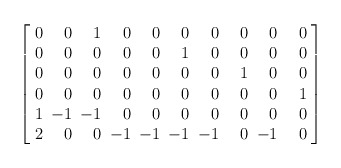
\begin{align*} \left[ \arraycolsep=3pt \begin{array}{rrrrrrrrrr} 0&0&1&0&0&0&0&\hphantom{-}0&0&\hphantom{-}0\\ 0&0&0&0&0&1&0&0&0&0\\ 0&0&0&0&0&0&0&1&0&0\\ 0&0&0&0&0&0&0&0&0&1\\ 1&-1&-1&0&0&0&0&0&0&0\\ 2&0&0&-1&-1&-1&-1&0&-1&0\\ \end{array} \right]\end{align*}